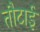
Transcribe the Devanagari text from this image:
तौटाई